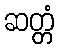
ဆတ္တံ